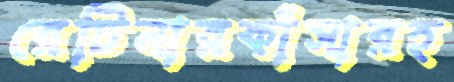
রেটিনারকাঁসারহ